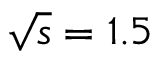
\sqrt { s } = 1 . 5